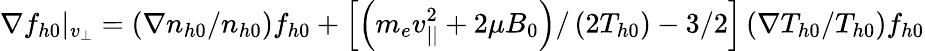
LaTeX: \nabla f_{h0}{\lvert}_{v_{\perp}}=\left(\nabla n_{h0}/n_{h0}\right)f_{h0}+\left[\left(m_{e}v_{||}^{2}+2\mu B_{0}\right)/\left(2T_{h0}\right)-3/2\right]\left(\nabla T_{h0}/T_{h0}\right)f_{h0}